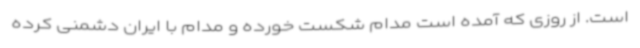
است. از روزی که آمده است مدام شکست خورده و مدام با ایران دشمنی کرده